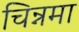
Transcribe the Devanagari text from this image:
चिन्नमा